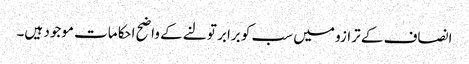
انصاف کے ترازو میں سب کو برابر تولنے کے واضح احکامات موجود ہیں۔